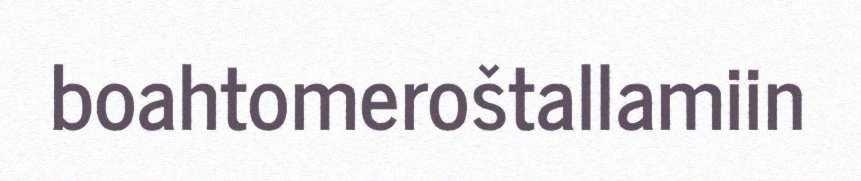
boahtomeroštallamiin